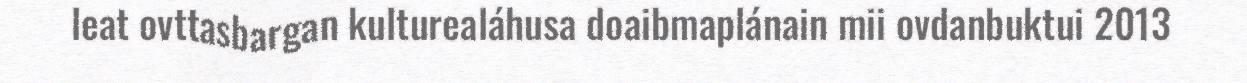
leat ovttasbargan kulturealáhusa doaibmaplánain mii ovdanbuktui 2013